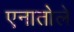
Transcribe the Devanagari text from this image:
एनातोले